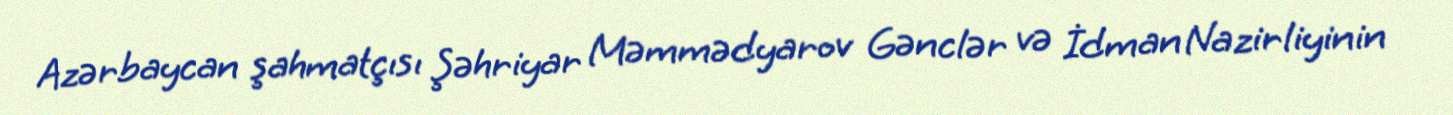
Azərbaycan şahmatçısı Şəhriyar Məmmədyarov Gənclər və İdman Nazirliyinin